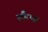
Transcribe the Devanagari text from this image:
स्वैम्प्स